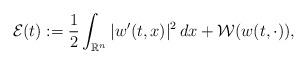
LaTeX: \begin{align*} \mathcal{E}(t):=\frac{1}{2}\int_{\mathbb{R}^n}|w'(t,x)|^2\,dx+\mathcal{W}(w(t,\cdot)), \end{align*}